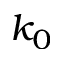
k _ { 0 }